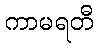
ကာမရတီ